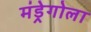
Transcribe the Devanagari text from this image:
मंड्रेगोला